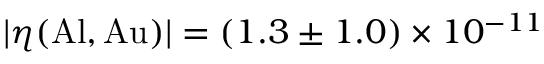
| \eta ( \mathrm { A l } , \mathrm { A u } ) | = ( 1 . 3 \pm 1 . 0 ) \times 1 0 ^ { - 1 1 }